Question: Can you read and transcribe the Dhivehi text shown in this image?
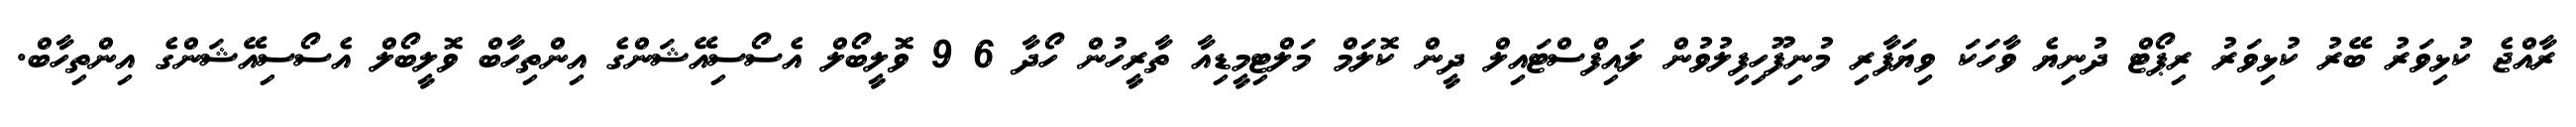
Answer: ރާއްޖެ ކުޅިވަރު ބޭރު ކުޅިވަރު ރިޕޯޓް ދުނިޔެ ވާހަކަ ވިޔަފާރި މުނިފޫހިފިލުވުން ލައިފްސްޓައިލް ދީން ކޮލަމް މަލްޓިމީޑިއާ ތާރީހުން ހޯދާ 6 9 ވޮލީބޯލް އެސޯސިއޭޝަންގެ އިންތިހާބް ވޮލީބޯލް އެސޯސިއޭޝަންގެ އިންތިހާބް.